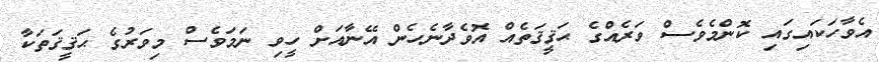
އެވާހަކައިގައި ކޮންމެވެސް ވަރެއްގެ ޙަޤީޤަތެއް އޮވެދާނެހެން އޭނާއަށް ހީވި ނަމަވެސް މިވަރުގެ ޙަޤީޤަތަކާ